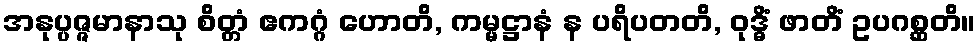
အနုပ္ပဇ္ဇမာနာသု စိတ္တံ ဧကဂ္ဂံ ဟောတိ, ကမ္မဋ္ဌာနံ န ပရိပတတိ, ဝုဒ္ဓိံ ဖာတိံ ဥပဂစ္ဆတိ။